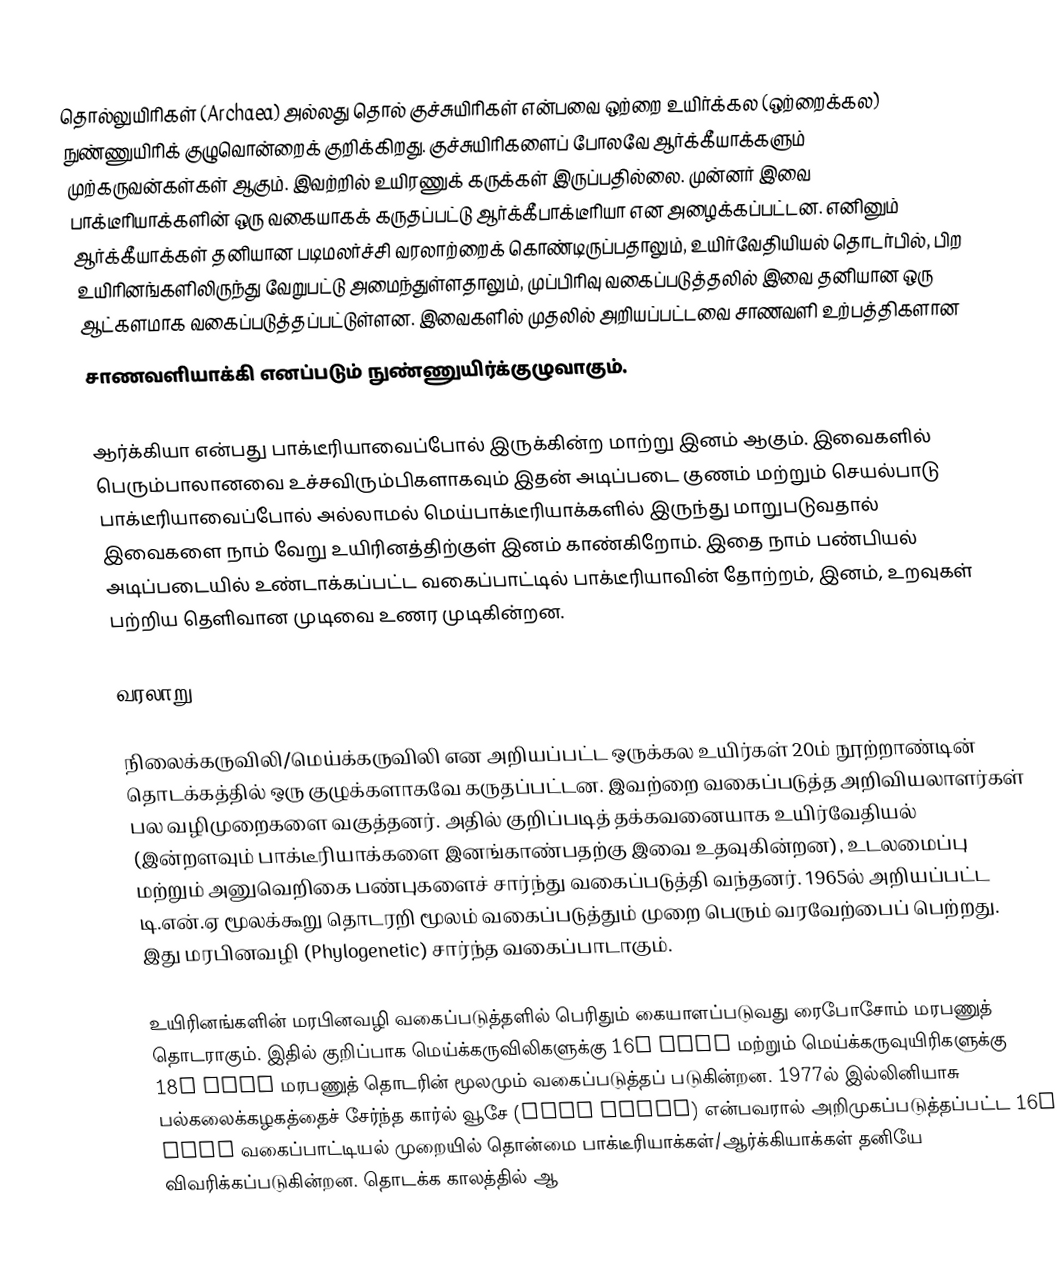
தொல்லுயிரிகள் (Archaea) அல்லது தொல் குச்சுயிரிகள் என்பவை ஒற்றை உயிர்க்கல (ஒற்றைக்கல) நுண்ணுயிரிக் குழுவொன்றைக் குறிக்கிறது. குச்சுயிரிகளைப் போலவே ஆர்க்கீயாக்களும் முற்கருவன்கள்கள் ஆகும். இவற்றில் உயிரணுக் கருக்கள் இருப்பதில்லை. முன்னர் இவை பாக்டீரியாக்களின் ஒரு வகையாகக் கருதப்பட்டு ஆர்க்கீபாக்டீரியா என அழைக்கப்பட்டன. எனினும் ஆர்க்கீயாக்கள் தனியான படிமலர்ச்சி வரலாற்றைக் கொண்டிருப்பதாலும், உயிர்வேதியியல் தொடர்பில், பிற உயிரினங்களிலிருந்து வேறுபட்டு அமைந்துள்ளதாலும், முப்பிரிவு வகைப்படுத்தலில் இவை தனியான ஒரு ஆட்களமாக வகைப்படுத்தப்பட்டுள்ளன. இவைகளில் முதலில் அறியப்பட்டவை சாணவளி உற்பத்திகளான
சாணவளியாக்கி எனப்படும் நுண்ணுயிர்க்குழுவாகும்.

ஆர்க்கியா என்பது பாக்டீரியாவைப்போல் இருக்கின்ற மாற்று இனம் ஆகும். இவைகளில் பெரும்பாலானவை உச்சவிரும்பிகளாகவும் இதன் அடிப்படை குணம் மற்றும் செயல்பாடு பாக்டீரியாவைப்போல் அல்லாமல் மெய்பாக்டீரியாக்களில் இருந்து மாறுபடுவதால் இவைகளை நாம் வேறு உயிரினத்திற்குள் இனம் காண்கிறோம். இதை நாம் பண்பியல் அடிப்படையில் உண்டாக்கப்பட்ட வகைப்பாட்டில் பாக்டீரியாவின் தோற்றம், இனம், உறவுகள் பற்றிய தெளிவான முடிவை உணர முடிகின்றன.

வரலாறு

நிலைக்கருவிலி/மெய்க்கருவிலி என அறியப்பட்ட ஒருக்கல உயிர்கள் 20ம் நூற்றாண்டின் தொடக்கத்தில் ஒரு குழுக்களாகவே கருதப்பட்டன. இவற்றை வகைப்படுத்த அறிவியலாளர்கள் பல வழிமுறைகளை வகுத்தனர். அதில் குறிப்படித் தக்கவனையாக உயிர்வேதியல் (இன்றளவும் பாக்டீரியாக்களை இனங்காண்பதற்கு இவை உதவுகின்றன), உடலமைப்பு மற்றும் அனுவெறிகை பண்புகளைச் சார்ந்து வகைப்படுத்தி வந்தனர். 1965ல் அறியப்பட்ட டி.என்.ஏ மூலக்கூறு தொடரறி மூலம் வகைப்படுத்தும் முறை பெரும் வரவேற்பைப் பெற்றது. இது மரபினவழி (Phylogenetic) சார்ந்த வகைப்பாடாகும்.

உயிரினங்களின் மரபினவழி வகைப்படுத்தளில் பெரிதும் கையாளப்படுவது ரைபோசோம் மரபணுத் தொடராகும். இதில் குறிப்பாக மெய்க்கருவிலிகளுக்கு 16S rRNA மற்றும் மெய்க்கருவுயிரிகளுக்கு 18S rRNA மரபணுத் தொடரின் மூலமும் வகைப்படுத்தப் படுகின்றன. 1977ல் இல்லினியாசு பல்கலைக்கழகத்தைச் சேர்ந்த கார்ல் வூசே (Carl Woese) என்பவரால் அறிமுகப்படுத்தப்பட்ட 16S rRNA வகைப்பாட்டியல் முறையில் தொன்மை பாக்டீரியாக்கள்/ஆர்க்கியாக்கள் தனியே விவரிக்கப்படுகின்றன. தொடக்க காலத்தில் ஆ